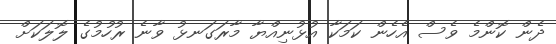
ދެން ކޮންމެ ވެސް އެހެން ކަމަކާ އުޅުނިއްޔާ މާރަގަނޅު ވާނެ ރުހުމުގެ ލޮލަކަށް